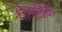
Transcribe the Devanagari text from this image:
धात्वग्नियों